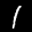
Label: 1